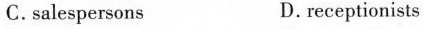
C.ssalespersons D.receptionists